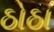
ઠોઠા